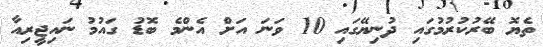
ތެޔޮ ބޭރުކުރުމުގައި ދުނިޔޭގައި 10 ވަނަ އަށް އެންމެ ބޮޑު ގައުމު ނައިޖީރިއާ